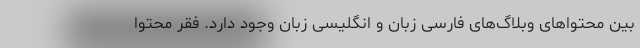
بین محتواهای وبلاگ‌های فارسی زبان و انگلیسی زبان وجود دارد. فقر محتوا